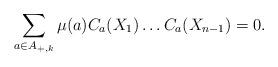
LaTeX: \begin{align*}\sum_{a\in A_{+,k}}\mu(a)C_a(X_1)\dots C_a(X_{n-1})=0.\end{align*}